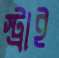
স্ট্রাই